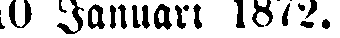
10 Januari 1872.